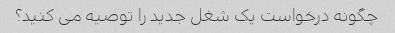
چگونه درخواست یک شغل جدید را توصیه می کنید؟